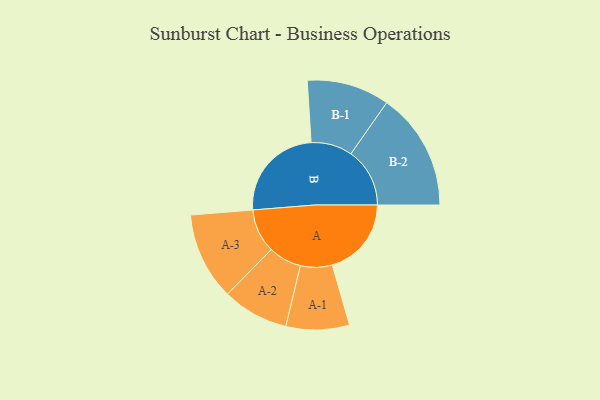
{"axis": {"x": "Segment", "y": "Value"}, "legend": ["", "A", "B"], "data": [{"x": "A", "y": 320, "type": ""}, {"x": "B", "y": 394, "type": ""}, {"x": "A-1", "y": 128, "type": "A"}, {"x": "A-2", "y": 134, "type": "A"}, {"x": "A-3", "y": 177, "type": "A"}, {"x": "B-1", "y": 167, "type": "B"}, {"x": "B-2", "y": 238, "type": "B"}]}